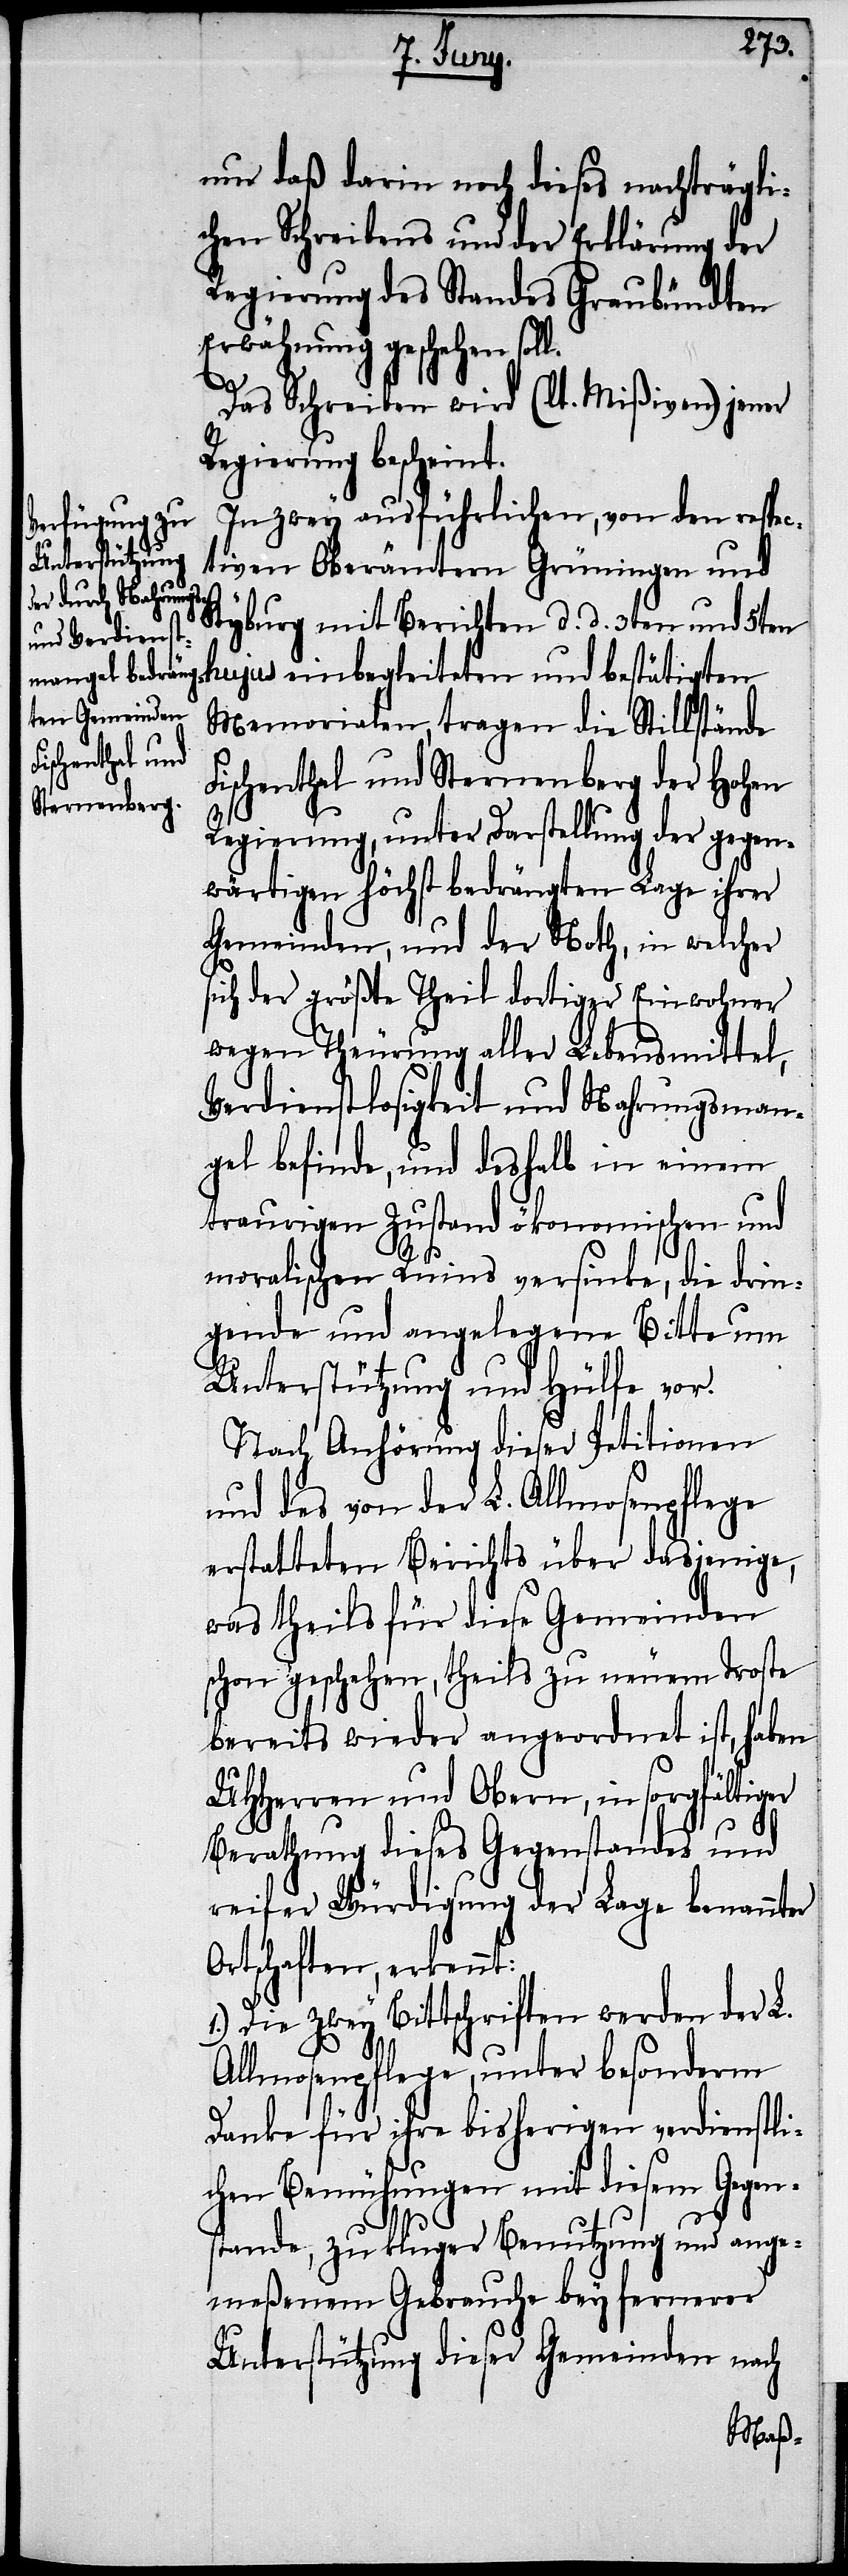
F¬
nur daß darin noch dieses nachträgli¬
chen Schreibens und der Erklärung der
Regierung des Standes Graubündten
Erwähnung geschehen soll.
Das Schreiben wird (lt. Mißiven) jener
Regierung bescheint.
In zwey ausführlichen, von den respec¬
tiven Oberämtern Grüningen und
Kyburg mit Berichten d. d. 3ten und 5ten
hujus einbegleiteten und bestätigten
Memorialen, tragen die Stillstände
ischenthal und Sternenberg der Hohen
Regierung, unter Darstellung der gegen¬
wärtigen höchst bedrängten Lage ihrer
Gemeinden, und der Noth, in welcher
sich der größte Theil dortiger Einwohner
wegen Theurung aller Lebensmittel,
Verdienstlosigkeit und Nahrungsman¬
gel befinde, und deshalb in einem
traurigen Zustand ökonomischen und
moralischen Ruins versinke, die drin¬
gende und angelegene Bitte um
Unterstützung und Hülfe vor.
Nach Anhörung dieser Petitionen
und des von der L. Allmosenpflege
erstatteten Berichts über dasjenige,
was theils für diese Gemeinden
schon geschehen, theils zu neuem Troste
bereits wieder angeordnet ist, haben
UHHerren und Obern, in sorgfältiger
Berathung dieses Gegenstandes und
reifer Würdigung der Lage benannter
Ortschaften, erkennt:
1.) Die zwey Bittschriften werden der L.
Allmosenpflege, unter besonderm
Danke für ihre bisherigen verdienstli¬
chen Bemühungen mit diesem Gegen¬
stande, zu kluger Benutzung und ange¬
meßenem Gebrauche bey fernerer
Unterstützung dieser Gemeinden nach